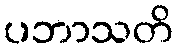
ပဘာသတိ